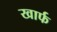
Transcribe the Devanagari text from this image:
खार्फ